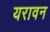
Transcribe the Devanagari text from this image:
यरावन